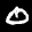
Label: 0